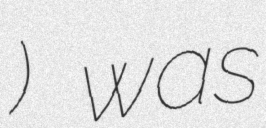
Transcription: ملکشاه) was